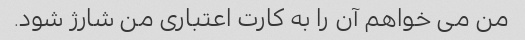
من می خواهم آن را به کارت اعتباری من شارژ شود.